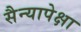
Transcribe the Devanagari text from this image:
सैन्यापेक्षा